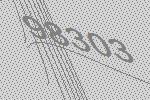
98303